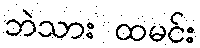
ဘဲသား ထမင်း